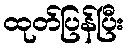
ထုတ်ပြန်ပြီး